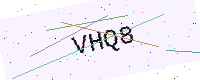
Text: VHQ8